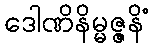
ဒေါဏိနိမ္မဇ္ဇနိံ